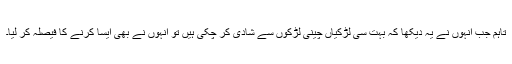
تاہم جب اُنہوں نے یہ دیکھا کہ بہت سی لڑکیاں چینی لڑکوں سے شادی کر چکی ہیں تو اُنہوں نے بھی ایسا کرنے کا فیصلہ کر لیا۔